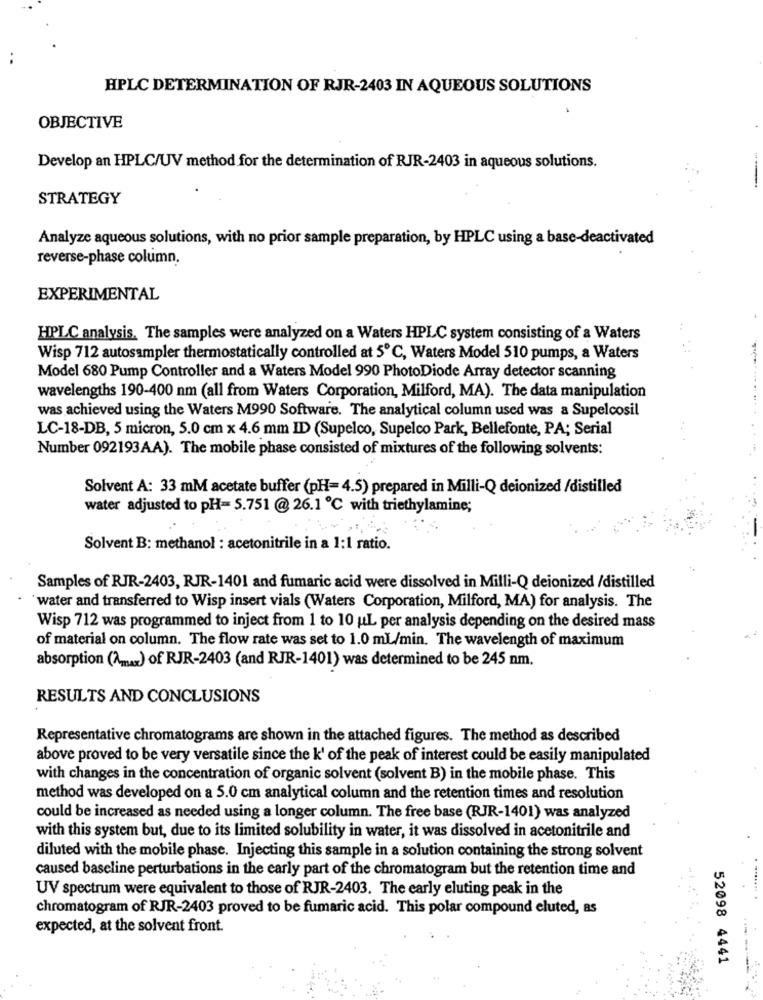
HPLC DETERMINATION OF RJR-2403 IN AQUEOUS SOLUTIONS
OBJECTIVE
Develop an HPLC/UV method for the determination of RJR-2403 in aqueous solutions.
STRATEGY
Analyze aqueous solutions, with no prior sample preparation, by HPLC using a base-deactivated
reverse-phase column.
EXPERIMENTAL
HPLC analysis. The samples were analyzed on a Waters HPLC system consisting of a Waters
Wisp 712 autosampler thermostatically controlled at 5℃, Waters Model 510 pumps, a Waters
Model 680 Pump Controller and a Waters Model 990 PhotoDiode Array detector scanning
wavelengths 190-400 nm (all from Waters Corporation, Milford, MA). The data manipulation
was achieved using the Waters M990 Software. The analytical column used was a Supelcosil
LC-18-DB, 5 micron, 5.0 cm x 4.6 mm ID (Supelco, Supelco Park, Bellefonte, PA; Serial
Number 092193AA). The mobile phase consisted of mixtures of the following solvents:
Solvent A: 33 mM acetate buffer (pH=4.5) prepared in Milli-Q deionized /distilled
water adjusted to pH= 5.751 @26.1 ℃ with triethylamine;
Solvent B: methanol : acetonitrile in a 1:1 ratio.
Samples of RJR-2403, RJR-1401 and fumaric acid were dissolved in Milli-Q deionized /distilled
water and transferred to Wisp insert vials (Waters Corporation, Milford, MA) for analysis. The
Wisp 712 was programmed to inject from 1 to 10 uL per analysis depending on the desired mass
of material on column. The flow rate was set to 1.0 ml/min. The wavelength of maximum
absorption ()) of RJR-2403 (and RJR-1401) was determined to be 245 nm.
RESULTS AND CONCLUSIONS
Representative chromatograms are shown in the attached figures. The method as described
above proved to be very versatile since the k' of the peak of interest could be easily manipulated
with changes in the concentration of organic solvent (solvent B) in the mobile phase. This
method was developed on a 5.0 cm analytical column and the retention times and resolution
could be increased as needed using a longer column. The free base (RJR-1401) was analyzed
with this system but, due to its limited solubility in water, it was dissolved in acetonitrile and
diluted with the mobile phase. Injecting this sample in a solution containing the strong solvent
caused baseline perturbations in the early part of the chromatogram but the retention time and
UV spectrum were equivalent to those of RJR-2403. The early eluting peak in the
chromatogram of RJR-2403 proved to be fumaric acid. This polar compound eluted, as
expected, at the solvent front.
52098 4441